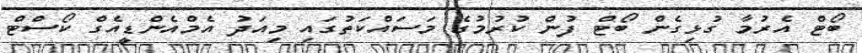
ބޯޓް އެރުމާ ގުޅިގެން ބޯޓް ފުން ކުރުމުގެ މަސައްކަތުގައި މިއަދު އެމްއެންޑީއެގް ކޯސްޓް